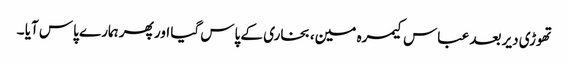
تھوڑی دیر بعد عباس کیمرہ مین، بخاری کے پاس گیا اور پھر ہمارے پاس آیا ۔